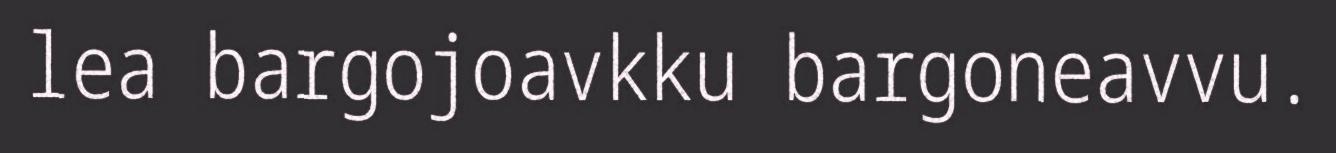
lea bargojoavkku bargoneavvu.